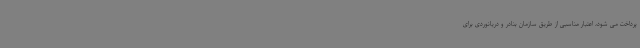
پرداخت می شود، اعتبار مناسبی از طریق سازمان بنادر و دریانوردی برای